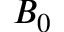
B _ { 0 }